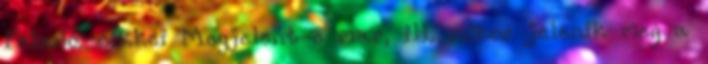
Feladó: cikkei Megjelent-e mar, ill. mikor jelenik meg a